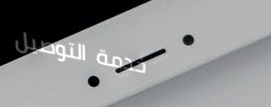
خدمة التوصيل